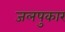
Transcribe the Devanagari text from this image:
जलपुकार